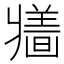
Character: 𱭕